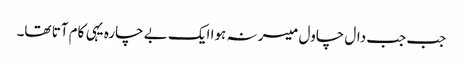
جب جب دال چاول میسر نہ ہوا ایک بے چارہ یہی کام آتا تھا۔